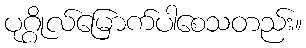
ပုဂ္ဂိုလ်မြောက်ပါစေသတည်း။